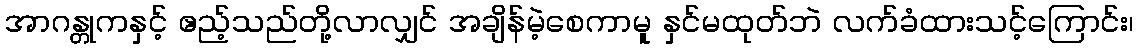
အာဂန္တုကနှင့် ဧည့်သည်တို့လာလျှင် အချိန်မဲ့စေကာမူ နှင်မထုတ်ဘဲ လက်ခံထားသင့်ကြောင်း၊